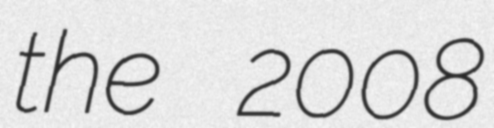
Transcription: the 2008